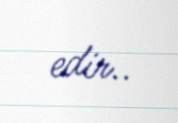
edir..